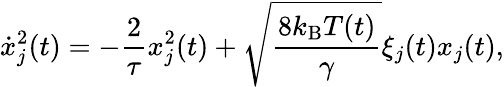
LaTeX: \dot{x}_{j}^{2}(t)=-\frac{2}{\tau}x_{j}^{2}(t)+\sqrt{\frac{8k_{\mathrm{B}}T(t)}{\gamma}}\xi_{j}(t)x_{j}(t),